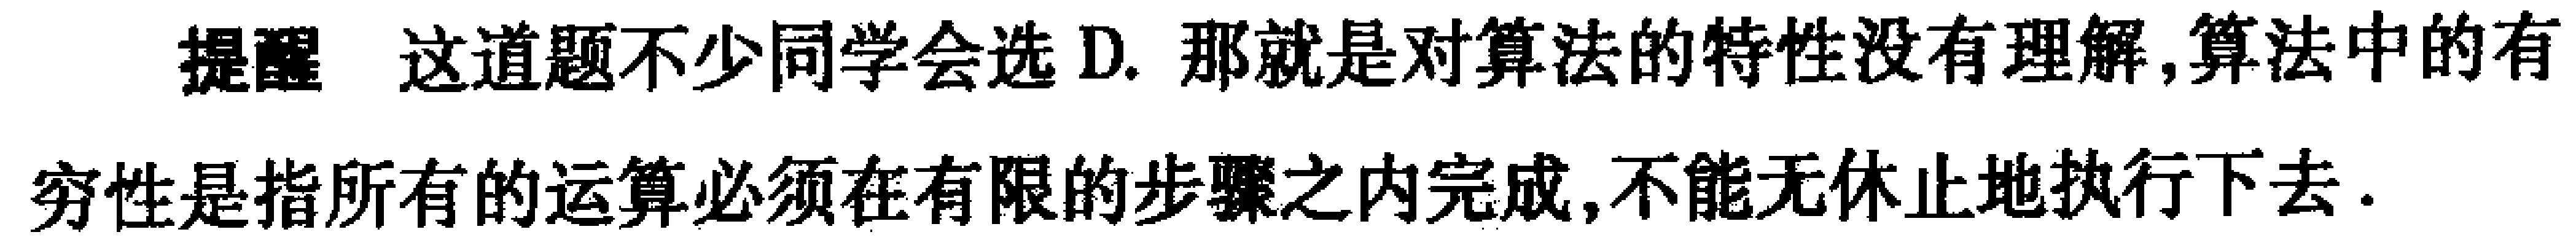
提醒 这道题不少同学会选D. 那就是对算法的特性没有理解,算法中的有穷性是指所有的运算必须在有限的步骤之内完成,不能无休止地执行下去.